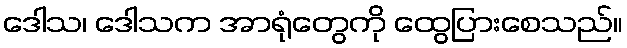
ဒေါသ၊ ဒေါသက အာရုံတွေကို ထွေပြားစေသည်။